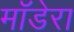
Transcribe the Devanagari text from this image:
मॉडेरा